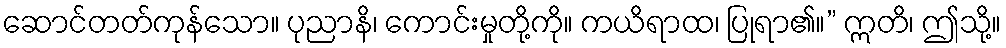
ဆောင်တတ်ကုန်သော။ ပုညာနိ၊ ကောင်းမှုတို့ကို။ ကယိရာထ၊ ပြုရာ၏။” ဣတိ၊ ဤသို့။